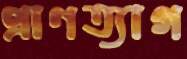
প্রাণত্যাগ